65_HS1-834228961_62-HQ-83894_Section_9
Agency: FBI
Page 227
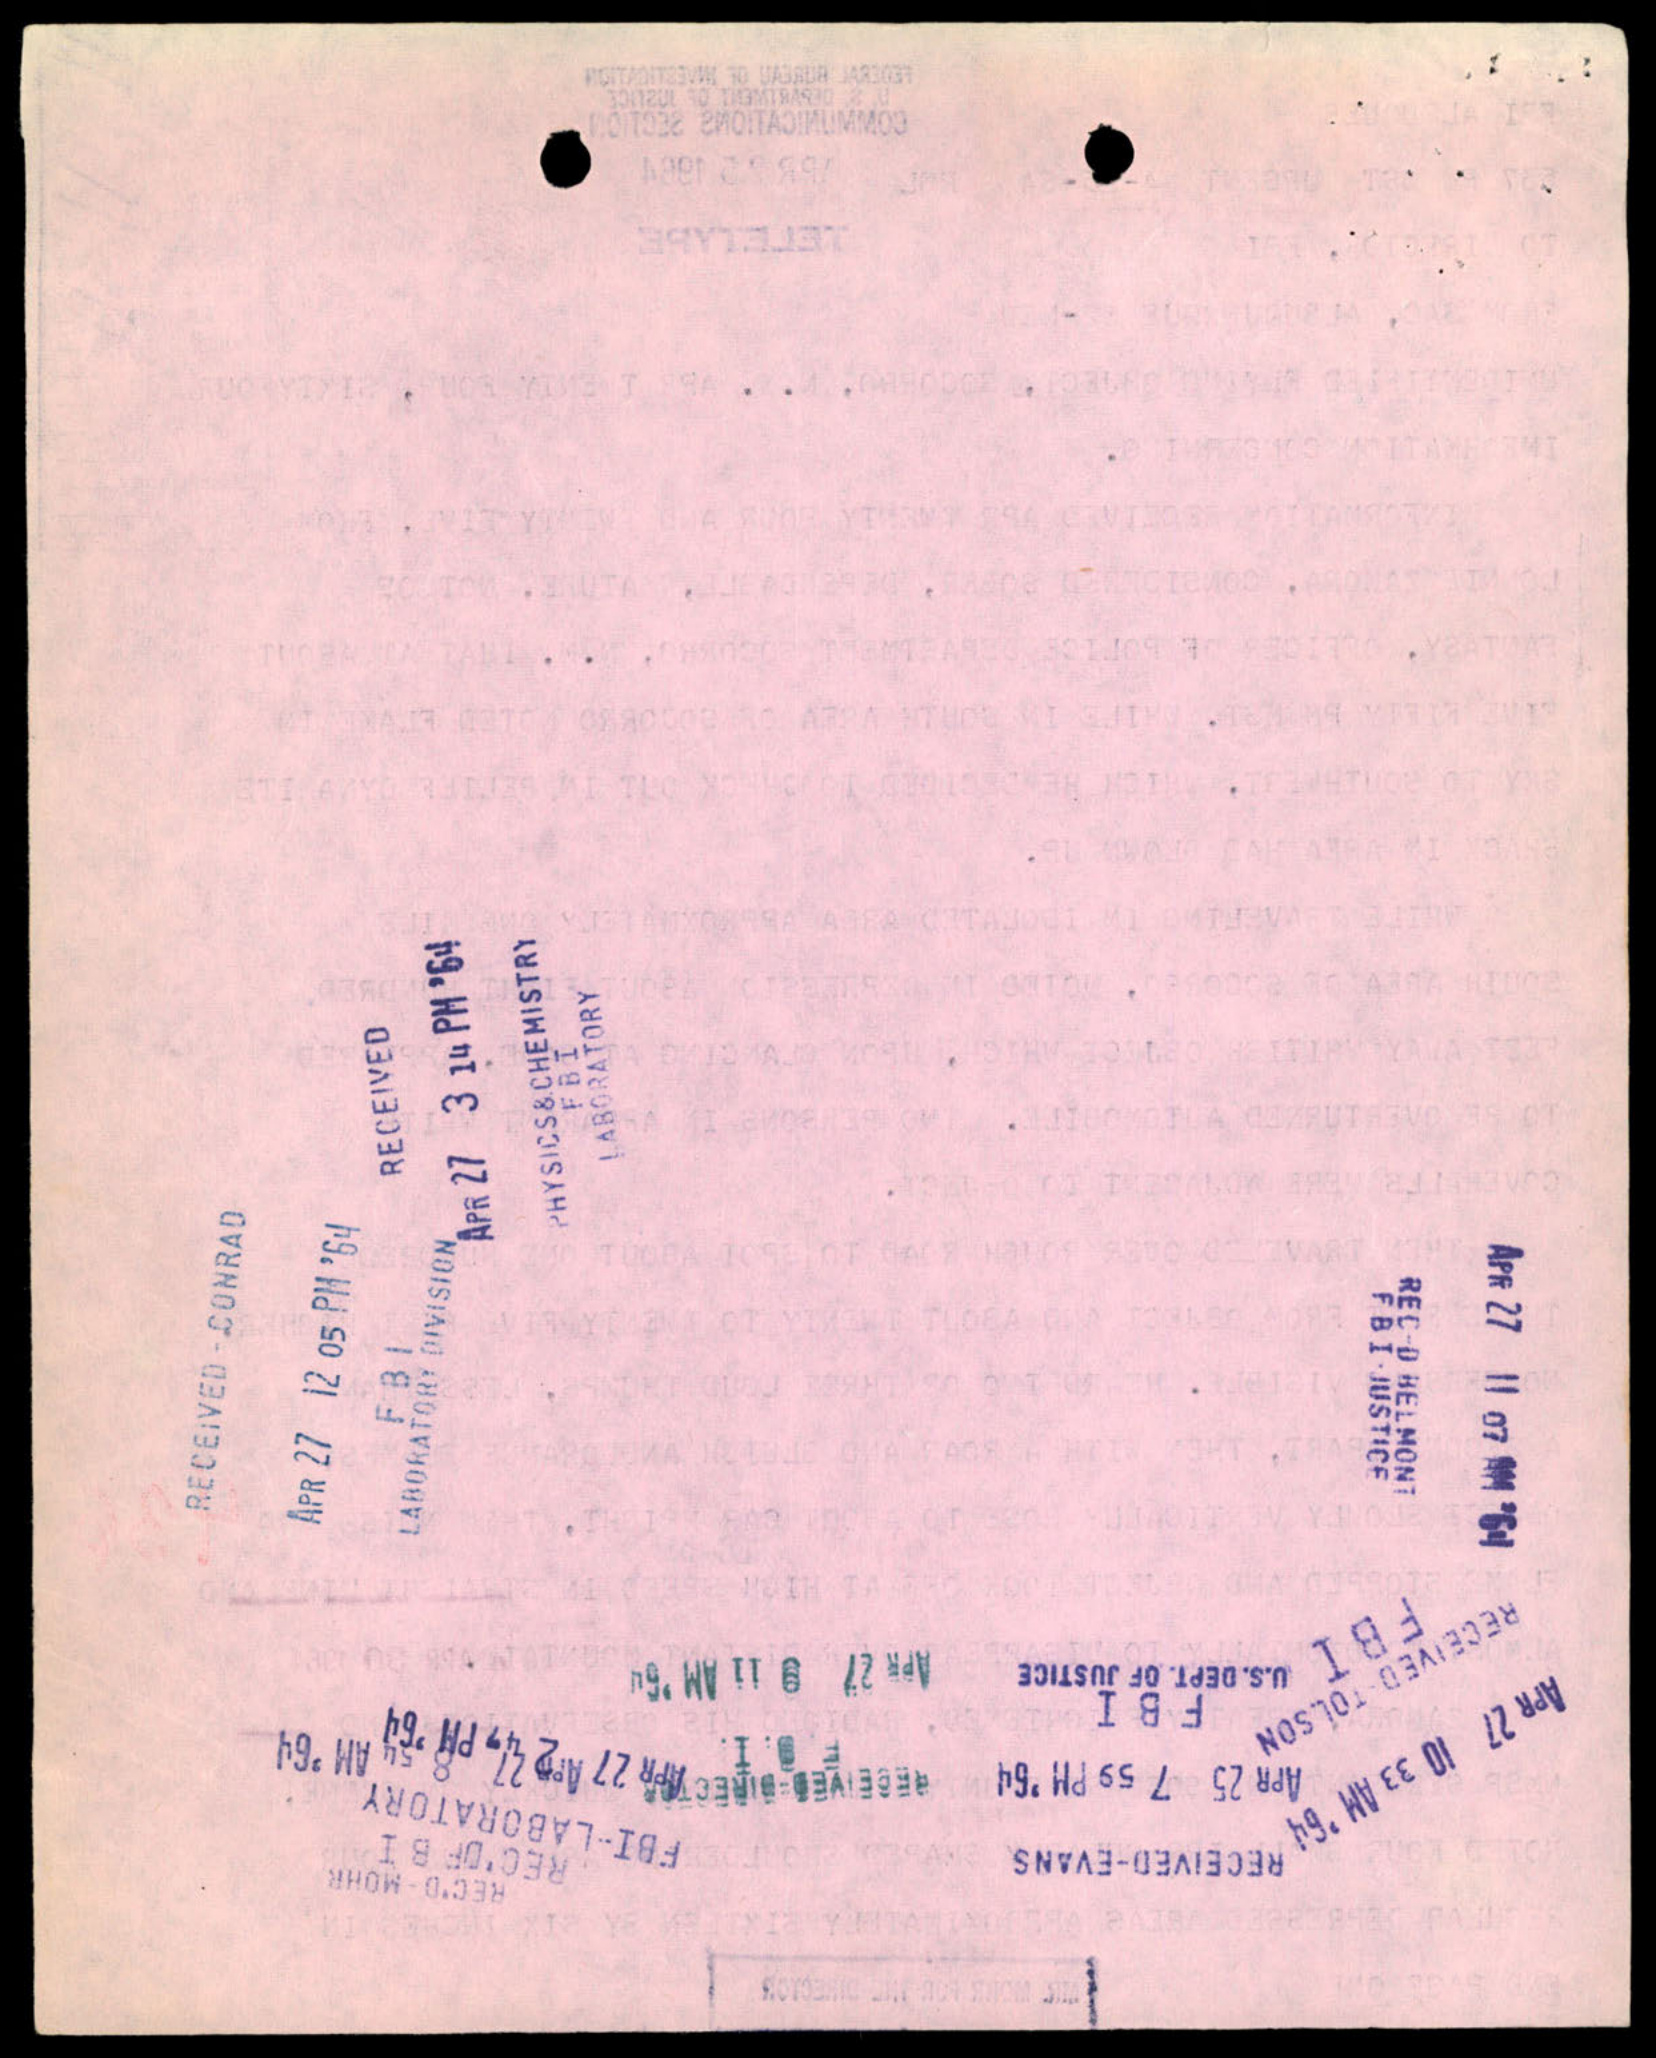